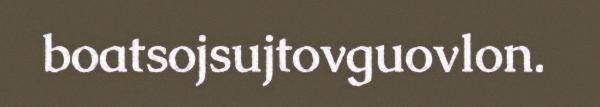
boatsojsujtovguovlon.